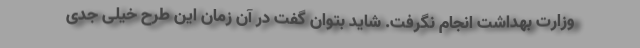
وزارت بهداشت انجام نگرفت. شاید بتوان گفت در آن زمان این طرح خیلی جدی